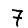
Digit: 7